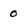
Character: 0